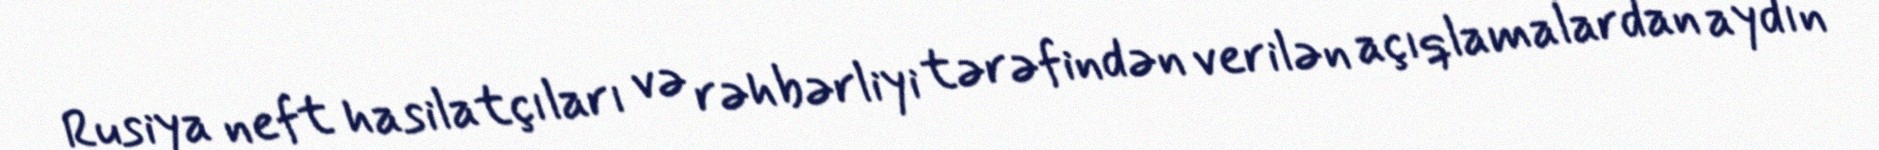
Rusiya neft hasilatçıları və rəhbərliyi tərəfindən verilən açıqlamalardan aydın